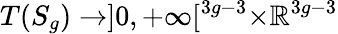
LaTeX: T(S_{g})\to]0,+\infty[^{3g-3}\times\mathbb{R}^{3g-3}